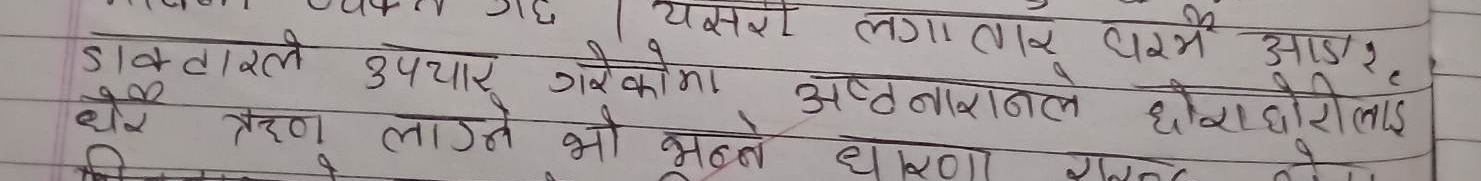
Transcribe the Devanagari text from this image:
यसरी लगातार धर्म आउने
डाक्टरले उपचार गरेकोमा दुर्घटनाले दोहोरीलाई
धेरै ऋण लाग्ने भो भन्ने धारणा स्पष्ट